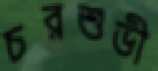
চরশুভী